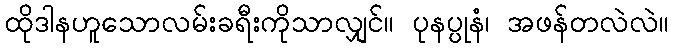
ထိုဒါနဟူသောလမ်းခရီးကိုသာလျှင်။ ပုနပ္ပုနံ၊ အဖန်တလဲလဲ။